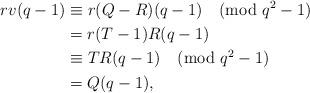
LaTeX: \begin{align*}rv(q-1)&\equiv r(Q-R)(q-1)\pmod{q^2-1}\\&=r(T-1)R(q-1)\\&\equiv TR(q-1)\pmod{q^2-1}\\&=Q(q-1),\end{align*}